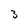
Character: 3